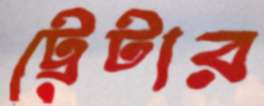
ট্রেটার